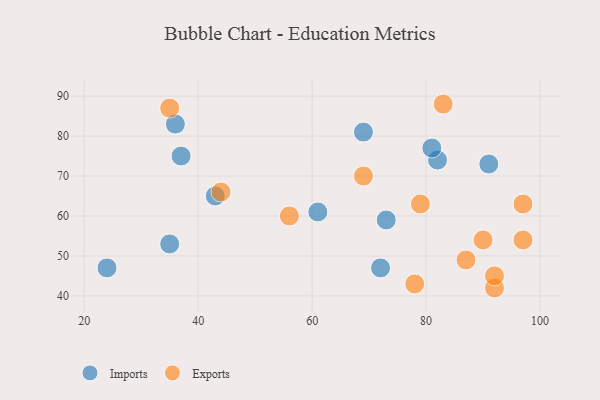
{"axis": {"x": "GDP", "y": "Life Expectancy"}, "legend": ["Exports", "Imports"], "data": [{"x": "35", "y": 53, "type": "Imports"}, {"x": "82", "y": 74, "type": "Imports"}, {"x": "43", "y": 65, "type": "Imports"}, {"x": "72", "y": 47, "type": "Imports"}, {"x": "69", "y": 81, "type": "Imports"}, {"x": "37", "y": 75, "type": "Imports"}, {"x": "81", "y": 77, "type": "Imports"}, {"x": "36", "y": 83, "type": "Imports"}, {"x": "61", "y": 61, "type": "Imports"}, {"x": "91", "y": 73, "type": "Imports"}, {"x": "73", "y": 59, "type": "Imports"}, {"x": "24", "y": 47, "type": "Imports"}, {"x": "35", "y": 87, "type": "Exports"}, {"x": "44", "y": 66, "type": "Exports"}, {"x": "97", "y": 63, "type": "Exports"}, {"x": "79", "y": 63, "type": "Exports"}, {"x": "92", "y": 42, "type": "Exports"}, {"x": "69", "y": 70, "type": "Exports"}, {"x": "90", "y": 54, "type": "Exports"}, {"x": "56", "y": 60, "type": "Exports"}, {"x": "87", "y": 49, "type": "Exports"}, {"x": "83", "y": 88, "type": "Exports"}, {"x": "78", "y": 43, "type": "Exports"}, {"x": "92", "y": 45, "type": "Exports"}, {"x": "97", "y": 54, "type": "Exports"}]}